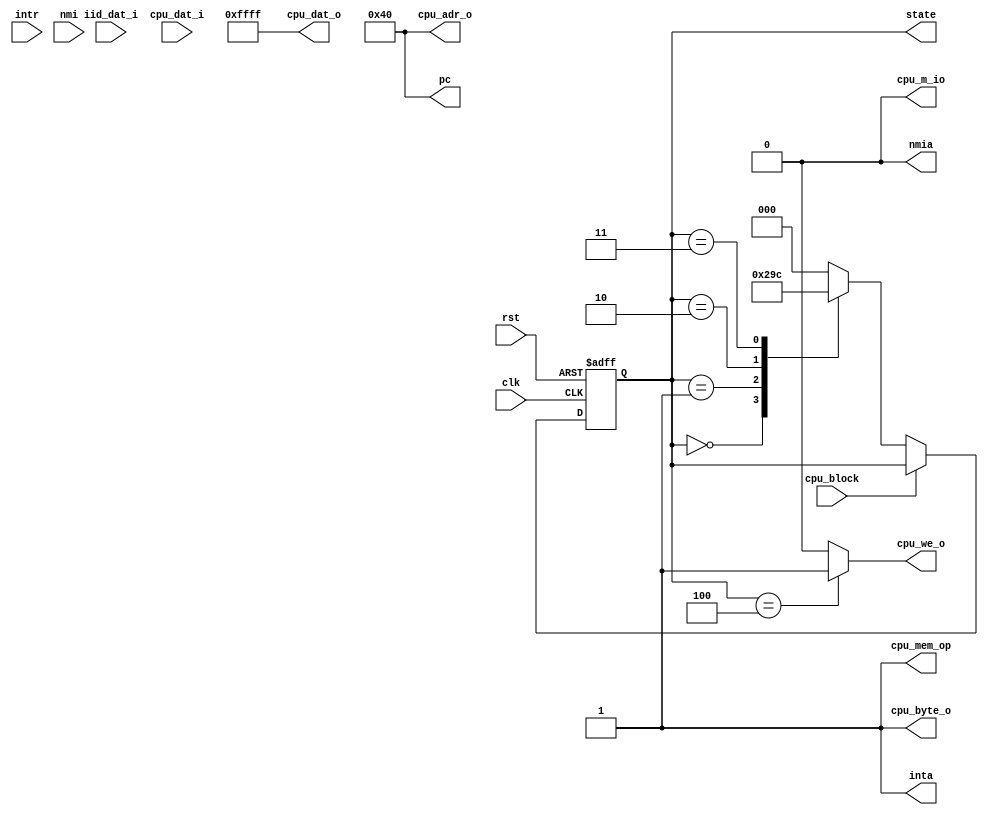
`default_nettype none
`timescale 10ns/100ps

module test_core
	(input clk,
     input rst,

     // interrupts
     input  intr,
     output inta,
     input  nmi,
     output nmia,

     // interface to wishbone
     output [19:0] cpu_adr_o,
     input  [15:0] iid_dat_i,
     input  [15:0] cpu_dat_i,
     output [15:0] cpu_dat_o,
     output        cpu_byte_o,
     input         cpu_block,
     output        cpu_mem_op,
     output        cpu_m_io,
     output reg       cpu_we_o,

     output [19:0] pc,  // for debugging purposes
     output reg [2:0] state);
     
    assign cpu_dat_o = 16'hffff;
    assign inta = 1;
    assign nmia = 0;
    assign cpu_byte_o = 1;
    assign cpu_mem_op = 1;
    assign pc = 20'h40;
    assign cpu_m_io = 0;
    assign cpu_adr_o = pc;
    
    localparam opcod_st = 3'h0;
    localparam modrm_st = 3'h1;
    localparam offse_st = 3'h2;
    localparam immed_st = 3'h3;
    localparam execu_st = 3'h4;
    
    reg [2:0] next_state;
    
    always @(posedge clk or negedge rst) begin
    	if (~rst)
        	state <= opcod_st;
        else if (cpu_block)
        	state <= state;
        else
            state <= next_state;
    end
    
    always @( * ) begin
    	next_state = opcod_st;
        case(state)
			opcod_st: next_state = modrm_st;
            modrm_st: next_state = offse_st;
            offse_st: next_state = immed_st;
            immed_st: next_state = execu_st;
            execu_st: next_state = opcod_st;
        endcase
    end
    
    always @( * ) begin
		cpu_we_o = 0;
        case(state)
			opcod_st: ;
            modrm_st: ;
            offse_st: ;
            immed_st: ;
            execu_st: cpu_we_o = 1;
        endcase
    end
    
endmodule